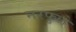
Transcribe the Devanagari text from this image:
नरफुले